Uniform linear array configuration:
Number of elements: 24
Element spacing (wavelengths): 0.25
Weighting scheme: cosine
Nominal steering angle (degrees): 30
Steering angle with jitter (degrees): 31.767
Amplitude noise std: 0.05
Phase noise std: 0.05

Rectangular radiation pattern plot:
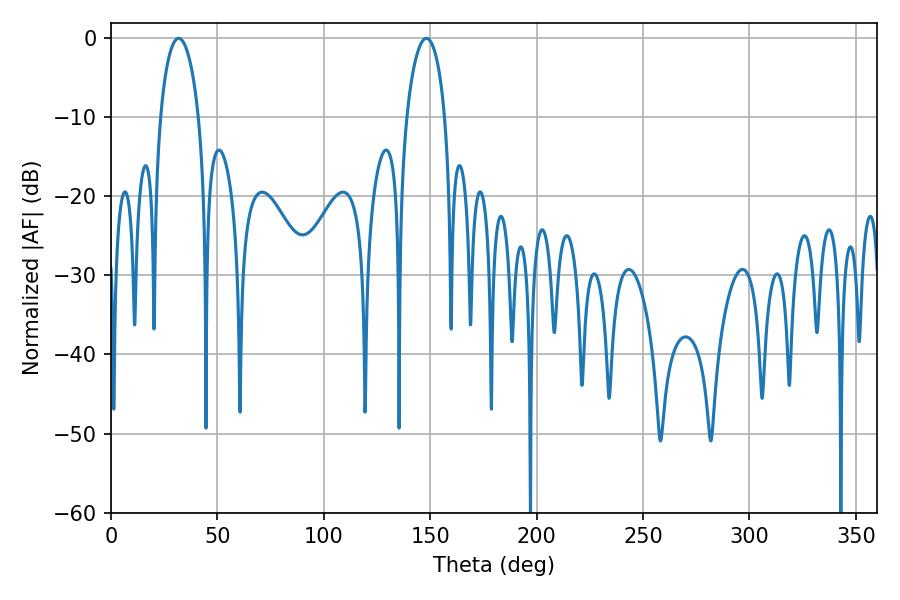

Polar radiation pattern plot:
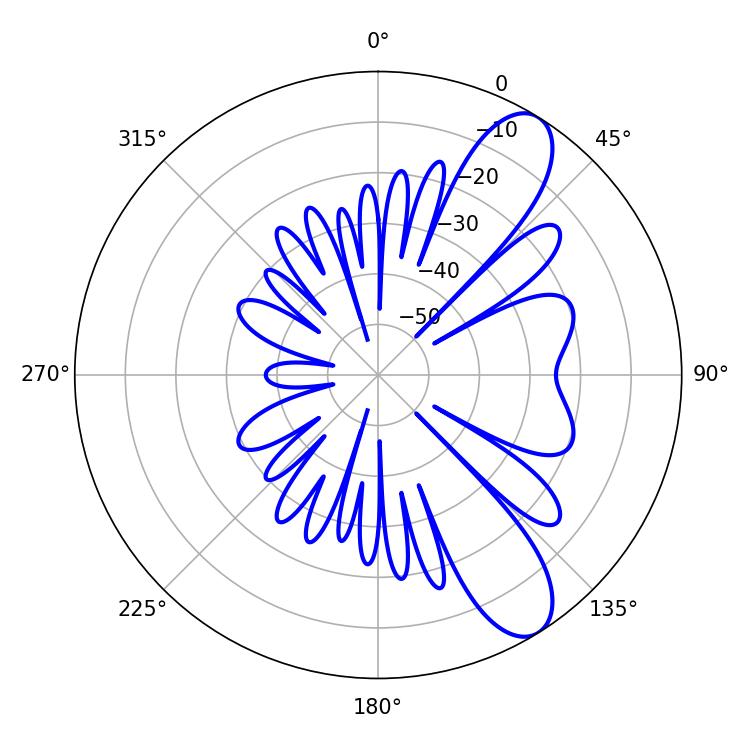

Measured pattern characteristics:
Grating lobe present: FALSE
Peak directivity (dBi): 9.741
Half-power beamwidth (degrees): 10.26
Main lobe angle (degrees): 31.86